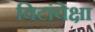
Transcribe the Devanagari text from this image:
विटांपेक्षा